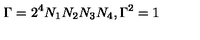
\Gamma = 2 ^ { 4 } N _ { 1 } N _ { 2 } N _ { 3 } N _ { 4 } , \Gamma ^ { 2 } = 1